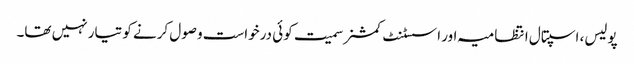
پولیس، اسپتال انتظامیہ اور اسسٹنٹ کمشنر سمیت کوئی درخواست وصول کرنے کو تیار نہیں تھا۔